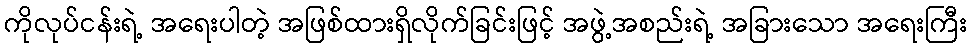
ကိုလုပ်ငန်းရဲ့ အရေးပါတဲ့ အဖြစ်ထားရှိလိုက်ခြင်းဖြင့် အဖွဲ့အစည်းရဲ့ အခြားသော အရေးကြီး